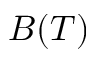
B ( T )